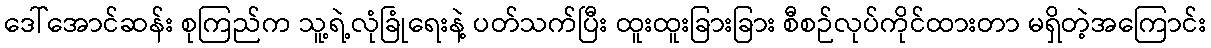
ဒေါ်အောင်ဆန်း စုကြည်က သူ့ရဲ့လုံခြုံရေးနဲ့ ပတ်သက်ပြီး ထူးထူးခြားခြား စီစဉ်လုပ်ကိုင်ထားတာ မရှိတဲ့အကြောင်း